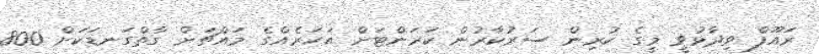
ރައޫފް ވިދާޅުވީ މީގެ ކުރިން ސަރުކާރުން ކަރަންޓަށް އަހަރެއްގެ މައްޗަށް ގާތްގަނޑަކަށް 800